Annual report of the Punjab Veterinary College and of the Civil Veterinary Department, Punjab - 1894-1908
Year: 1894
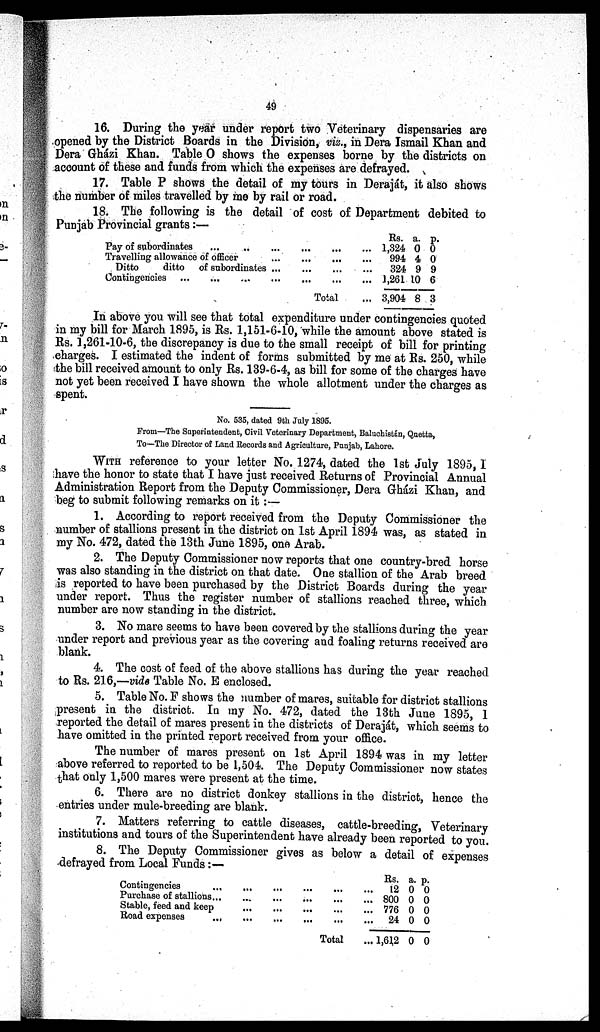
49
16. During the year under report two Veterinary dispensaries are
opened by the District Boards in the Division, viz., in Dera Ismail Khan and
Dera Gházi Khan. Table O shows the expenses borne by the districts on
account of these and funds from which the expenses are defrayed.
17. Table P shows the detail of my tours in Deraját, it also shows
the number of miles travelled by me by rail or road.
18. The following is the detail of cost of Department debited to
Punjab Provincial grants:—
Pay of subordinates ... ... ... ... ... ...
Travelling allowance of officer ... ... ... ... ... ...
Ditto
ditto
of subordinates ... ... ... ... ... ...
Contingencies ... ... ... ... ... ... ... ... ...
Total ...
Rs.
1,324
994
324
1,261
3,904
a.
0
4
9
10
8
p.
0
0
9
6
3
In above you will see that total expenditure under contingencies quoted
in my bill for March 1895, is Rs. 1,151-6-10, while the amount above stated is
Rs. 1,261-10-6, the discrepancy is due to the small receipt of bill for printing
charges. I estimated the indent of forms submitted by me at Rs. 250, while
the bill received amount to only Rs. 139-6-4, as bill for some of the charges have
not yet been received I have shown the whole allotment under the charges as
spent.
No. 535, dated 9th July 1895.
From—The Superintendent, Civil Veterinary Department, Baluchistán, Quetta,
To—The Director of Land Records and Agriculture, Punjab, Lahore.
WITH reference to your letter No. 1274, dated the 1st July 1895, I
;have the honor to state that I have just received Returns of Provincial Annual
Administration Report from the Deputy Commissioner, Dera Gházi Khan, and
beg to submit following remarks on it:—
1. According to report received from the Deputy Commissioner the
number of stallions present in the district on 1st April 1894 was, as stated in
my No. 472, dated the 13th June 1895, one Arab.
2. The Deputy Commissioner now reports that one country-bred horse
was also standing in the district on that date. One stallion of the Arab breed
is reported to have been purchased by the District Boards during the year
under report. Thus the register number of stallions reached three, which
number are now standing in the district.
3. No mare seems to have been covered by the stallions during the year
under report and previous year as the covering and foaling returns received are
blank.
4. The cost of feed of the above stallions has during the year reached
to Rs. 216,—vide Table No. E enclosed.
5. Table No. F shows the number of mares, suitable for district stallions
present in the district. In my No. 472, dated the 13th June 1895, 1
reported the detail of mares present in the districts of Deraját, which seems to
have omitted in the printed report received from your office.
The number of mares present on 1st April 1894 was in my letter
above referred to reported to be 1,504. The Deputy Commissioner now states
that only 1,500 mares were present at the time.
6. There are no district donkey stallions in the district, hence the
entries under mule-breeding are blank.
7. Matters referring to cattle diseases, cattle-breeding, Veterinary
institutions and tours of the Superintendent have already been reported to you.
8. The Deputy Commissioner gives as below a detail of expenses
defrayed from Local Funds:—
Contingencies ... ... ... ... ... ... ...
Purchase of stallions... ... ... ... ... ... ... ...
Stable, feed and keep ... ... ... ... ... ... ...
Road expenses ... ... ... ... ... ... ...
Total ...
Rs.
12
800
776
24
... 1,61,2
a. p.
0 0
0 0
0 0
0 0
0 0